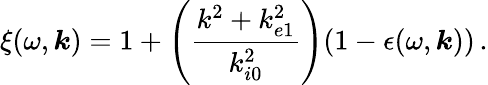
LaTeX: \xi(\omega,\boldsymbol{k})=1+\left(\frac{k^{2}+k_{e1}^{2}}{k_{i0}^{2}}\right)(1-\epsilon(\omega,\boldsymbol{k}))\, .